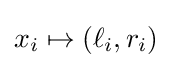
x_{i}\mapsto (\ell _{i},r_{i})